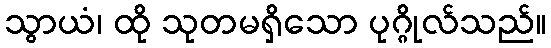
သွာယံ၊ ထို သုတမရှိသော ပုဂ္ဂိုလ်သည်။